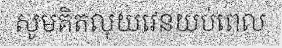
សូមគិតលុយវេនយប់ពេល